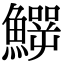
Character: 𩻙